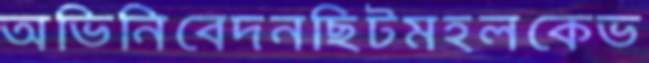
অভিনিবেদনছিটমহলকেভ